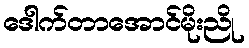
ဒေါက်တာအောင်မိုးညို